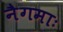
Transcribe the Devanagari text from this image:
नैगमाः